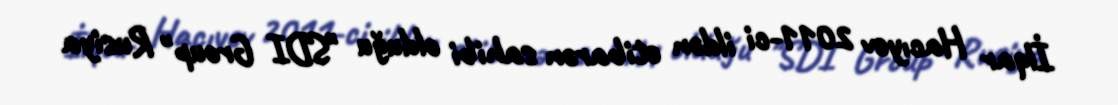
İlqar Hacıyev 2011-ci ildən etibarən sahibi olduğu "SDI Group" Rusiya